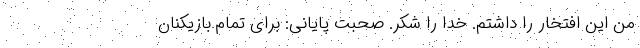
من این افتخار را داشتم. خدا را شکر. صحبت پایانی: برای تمام بازیکنان